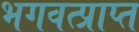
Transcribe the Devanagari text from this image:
भगवत्प्राप्त